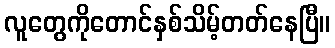
လူတွေကိုတောင်နှစ်သိမ့်တတ်နေပြီ။